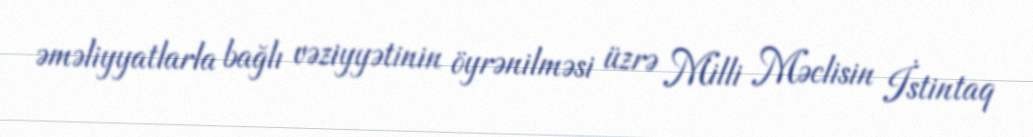
əməliyyatlarla bağlı vəziyyətinin öyrənilməsi üzrə Milli Məclisin İstintaq